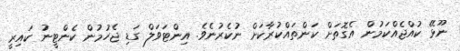
ނޫޅޭ ކުއްޖެއްކަމުން އެގޮތަށް ކަންތައްކުރާކަށް ނުކެރުނެވެ. އިންޓަވަލް ގަޑި ޖެހުމުން ކެންޓީނު ކައިރީ